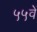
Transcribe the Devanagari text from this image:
५५वें